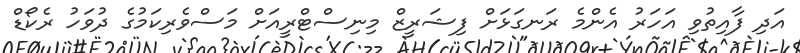
އަދި ފާއިތުވި އަހަރު އެންމެ ރަނގަޅަށް ފިޝަރީޒް މިނިސްޓްރީއަށް މަސްވެރިކަމުގެ ދުވަހު ރެކޯޑް